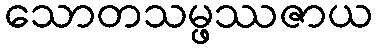
သောတသမ္ဖဿဇာယ